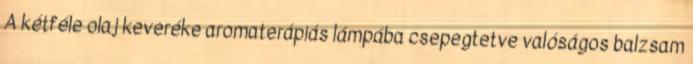
A kétféle olaj keveréke aromaterápiás lámpába csepegtetve valóságos balzsam